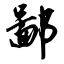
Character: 鄙